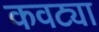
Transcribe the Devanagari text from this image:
कवट्या